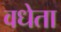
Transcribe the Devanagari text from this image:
वधेता